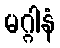
မဂ္ဂါနံ